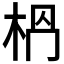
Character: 𣐶